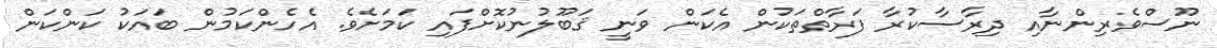
ނޫސްވެރިންނާއި ދިރާސާކުރާ ފަރާތްތަކުން އެކަން ވަނީ ޤަބޫލުނުކޮށްފައި ކަމަށެވެ. އެހެންކަމުން ބައަކު ކަންކަން